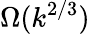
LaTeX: \Omega(k^{2/3})